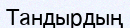
Тандырдың